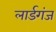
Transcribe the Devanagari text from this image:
लार्डगंज